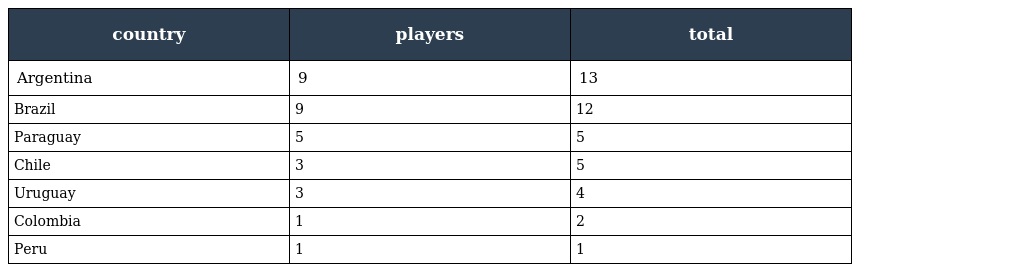
| country | players | total |
 | --- | --- | --- |
 | Argentina | 9 | 13 |
 | Brazil | 9 | 12 |
 | Paraguay | 5 | 5 |
 | Chile | 3 | 5 |
 | Uruguay | 3 | 4 |
 | Colombia | 1 | 2 |
 | Peru | 1 | 1 |